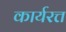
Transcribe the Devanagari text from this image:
कार्यरत्त